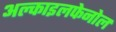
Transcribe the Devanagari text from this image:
अल्काइलफेनोल